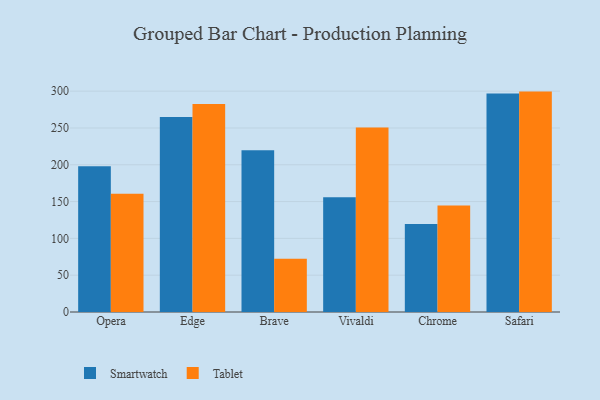
{"axis": {"x": "Browser", "y": "Humidity (%)"}, "legend": ["Smartwatch", "Tablet"], "data": [{"x": "Opera", "y": 197.9, "type": "Smartwatch"}, {"x": "Opera", "y": 160.6, "type": "Tablet"}, {"x": "Edge", "y": 265.0, "type": "Smartwatch"}, {"x": "Edge", "y": 282.6, "type": "Tablet"}, {"x": "Brave", "y": 219.7, "type": "Smartwatch"}, {"x": "Brave", "y": 72.3, "type": "Tablet"}, {"x": "Vivaldi", "y": 155.8, "type": "Smartwatch"}, {"x": "Vivaldi", "y": 250.6, "type": "Tablet"}, {"x": "Chrome", "y": 119.7, "type": "Smartwatch"}, {"x": "Chrome", "y": 144.7, "type": "Tablet"}, {"x": "Safari", "y": 296.8, "type": "Smartwatch"}, {"x": "Safari", "y": 299.4, "type": "Tablet"}]}